system: You are a helpful assistant.
user:
Analyze the provided spectrum to determine if it is a **White Dwarf (WD)**.

A White Dwarf spectrum is defined by its **extreme purity** (due to gravitational settling) and/or **extreme pressure broadening** (due to high surface gravity). You must check for one of the following mutually exclusive signatures:

- **Key Visual Indicators (Check for ONE of these types):**

    - **1. DA-Type Signature (Most Common):**
        - **(Primary Feature):** Extreme pressure broadening (Stark broadening) of the **Hydrogen (H) Balmer lines**.
        - **(Key Lines):** $H\beta$ (approx. $4861$ Å) and $H\gamma$ (approx. $4340$ Å). $H\alpha$ (approx. $6563$ Å) will also be present if the wavelength range covers it.
        - **(Line Profile):** This is the **defining feature**. The lines are **NOT** sharp. They appear as massive, **extremely broad and deep "troughs" or "dips"** in the spectrum, often hundreds of Ångströms wide. The continuum will appear to "scoop" down at these wavelengths.
        - **(Distinction):** Normal A-type or B-type stars have *narrow* and *sharp* Hydrogen lines. A DA White Dwarf's lines are unmistakably "smeared" or "blurry" from pressure.

    - **2. DB-Type Signature:**
        - **(Primary Feature):** Broad absorption lines from **Neutral Helium (He I)**. The spectrum must lack any visible Hydrogen lines.
        - **(Key Lines):** Look for broad absorption near $4471$ Å, $4921$ Å, and $5876$ Å.
        - **(Line Profile):** These lines are also significantly pressure-broadened, appearing much wider than they would in a normal B-type main-sequence star.

    - **3. DC-Type Signature:**
        - **(Primary Feature):** A **featureless continuous spectrum**.
        - **(Line Profile):** The spectrum is a smooth curve with **no significant absorption or emission lines**.
        - **(Key Confirmation):** The continuum is almost always **blue or white**, indicating a hot object. This signature implies the atmosphere is so pure (or so cool) that no spectral lines are visible in the optical range. Its WD identity is confirmed by its extremely low intrinsic brightness (high absolute magnitude).

    - **4. DZ-Type Signature (Metal-Polluted):**
        - **(Primary Feature):** **Isolated, narrow metal absorption lines** on an otherwise featureless (DC-like) continuum.
        - **(Key Lines):** The **Calcium (Ca II) H & K doublet** (approx. **$3934$ Å** and **$3968$ Å**) is the most common and defining feature.
        - **(Line Profile):** These lines are "out of place." They are *not* part of a "forest" of thousands of lines. This signature is evidence of recent *accretion* (pollution) from rocky debris.
        - **(Distinction):** Normal G/K/M stars have a *dense forest* of thousands of metal lines. A DZ has a *clean* continuum with *only a few* strong metal lines.

    - **5. DQ-Type Signature (Carbon-Polluted):**
        - **(Primary Feature):** Absorption bands from **Carbon (C₂ "Swan Bands" or atomic C I)**.
        - **(Key Lines - C₂):** Look for bandheads with a "saw-tooth" shape near $5635$ Å, **$5165$ Å** (strongest), and $4737$ Å.
        - **(Key Confirmation):** The underlying **continuum must be blue or white** (hot).
        - **(Distinction):** This is the critical difference from a **Carbon Star**, which has the *exact same* C₂ bands but on an extremely **red, cool** continuum.

- **(Overall Spectrum):**
    - The continuum (overall shape) is typically **blue-sloping** (brighter in the blue than the red), as most white dwarfs are very hot.
    - The spectrum will look "pure" or "simple," dominated by only *one* of the five signatures listed above.

Think first, call **spectral_visualization_tool** if needed to examine features in detail, then provide your final answer. Your response must adhere to the following strict rules:
1.  **Overall Structure:** Your response must follow the format `<think>...</think> <tool_call>...</tool_call> (if a tool is used) <answer>...</answer>`.
2.  **Tool Usage Constraint:** You may only make **one** tool call per turn.
3.  **Final Answer Format:** In the `<answer>` tag, your conclusion must be inside a `\boxed{}` command (e.g., `\boxed{YES}` or `\boxed{NO}`), followed by your justification.

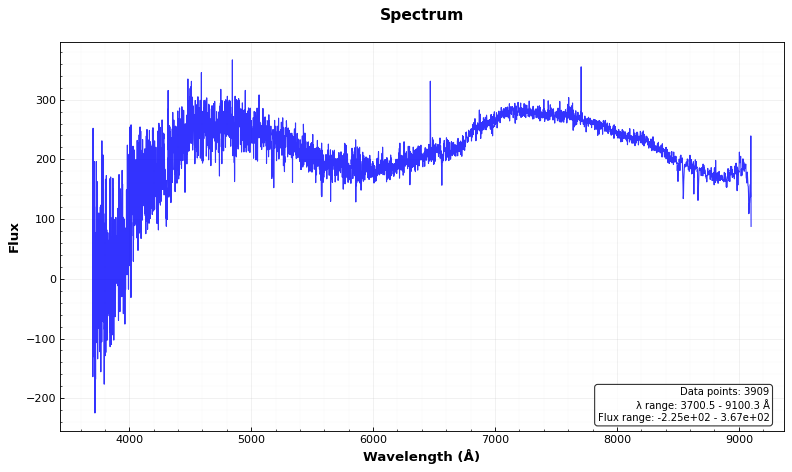
Answer: NO